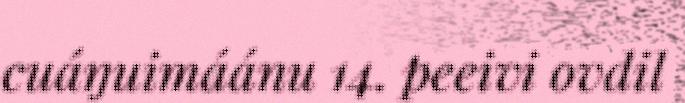
cuáŋuimáánu 14. peeivi ovdil